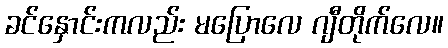
ခင်နှောင်းကလည်း မပြောလေ ဂျီတိုက်လေ။